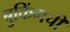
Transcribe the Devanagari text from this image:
बुकिंगची